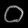
Digit: ၀